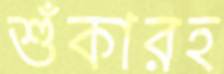
শুঁকারহ